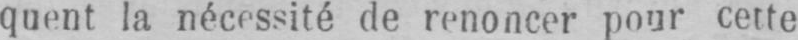
quent la nécessité de renoncer pour cette